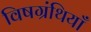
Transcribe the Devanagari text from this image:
विषग्रंथियाँ